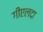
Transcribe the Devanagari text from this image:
गीएलदा